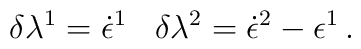
\delta \lambda ^1=\dot \epsilon ^1\,\,\,\,\,\delta \lambda ^2=\dot \epsilon ^2-\epsilon ^1\, .